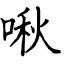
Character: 啾